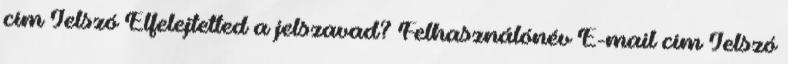
cím Jelszó Elfelejtetted a jelszavad? Felhasználónév E-mail cím Jelszó